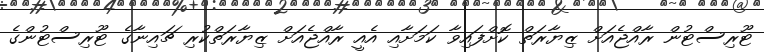
ޓޫރިސްޓުން ރާއްޖެއަށް ޒިޔާރަތް ކޮށްފައިވާ ކަމަށާއި އެއީ ރާއްޖެއަށް ޒިޔާރަތްކުރި ޗައިނާގެ ޓޫރިސްޓުންގެ